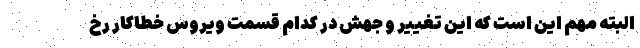
البته مهم این است که این تغییر و جهش در کدام قسمت ویروسِ خطاکار رخ